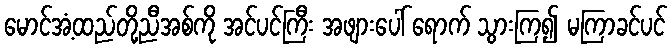
မောင်အံ့ထည်တို့ညီအစ်ကို အင်ပင်ကြီး အဖျားပေါ် ရောက် သွားကြ၍ မကြာခင်ပင်